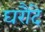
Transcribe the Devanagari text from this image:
घरौंदे